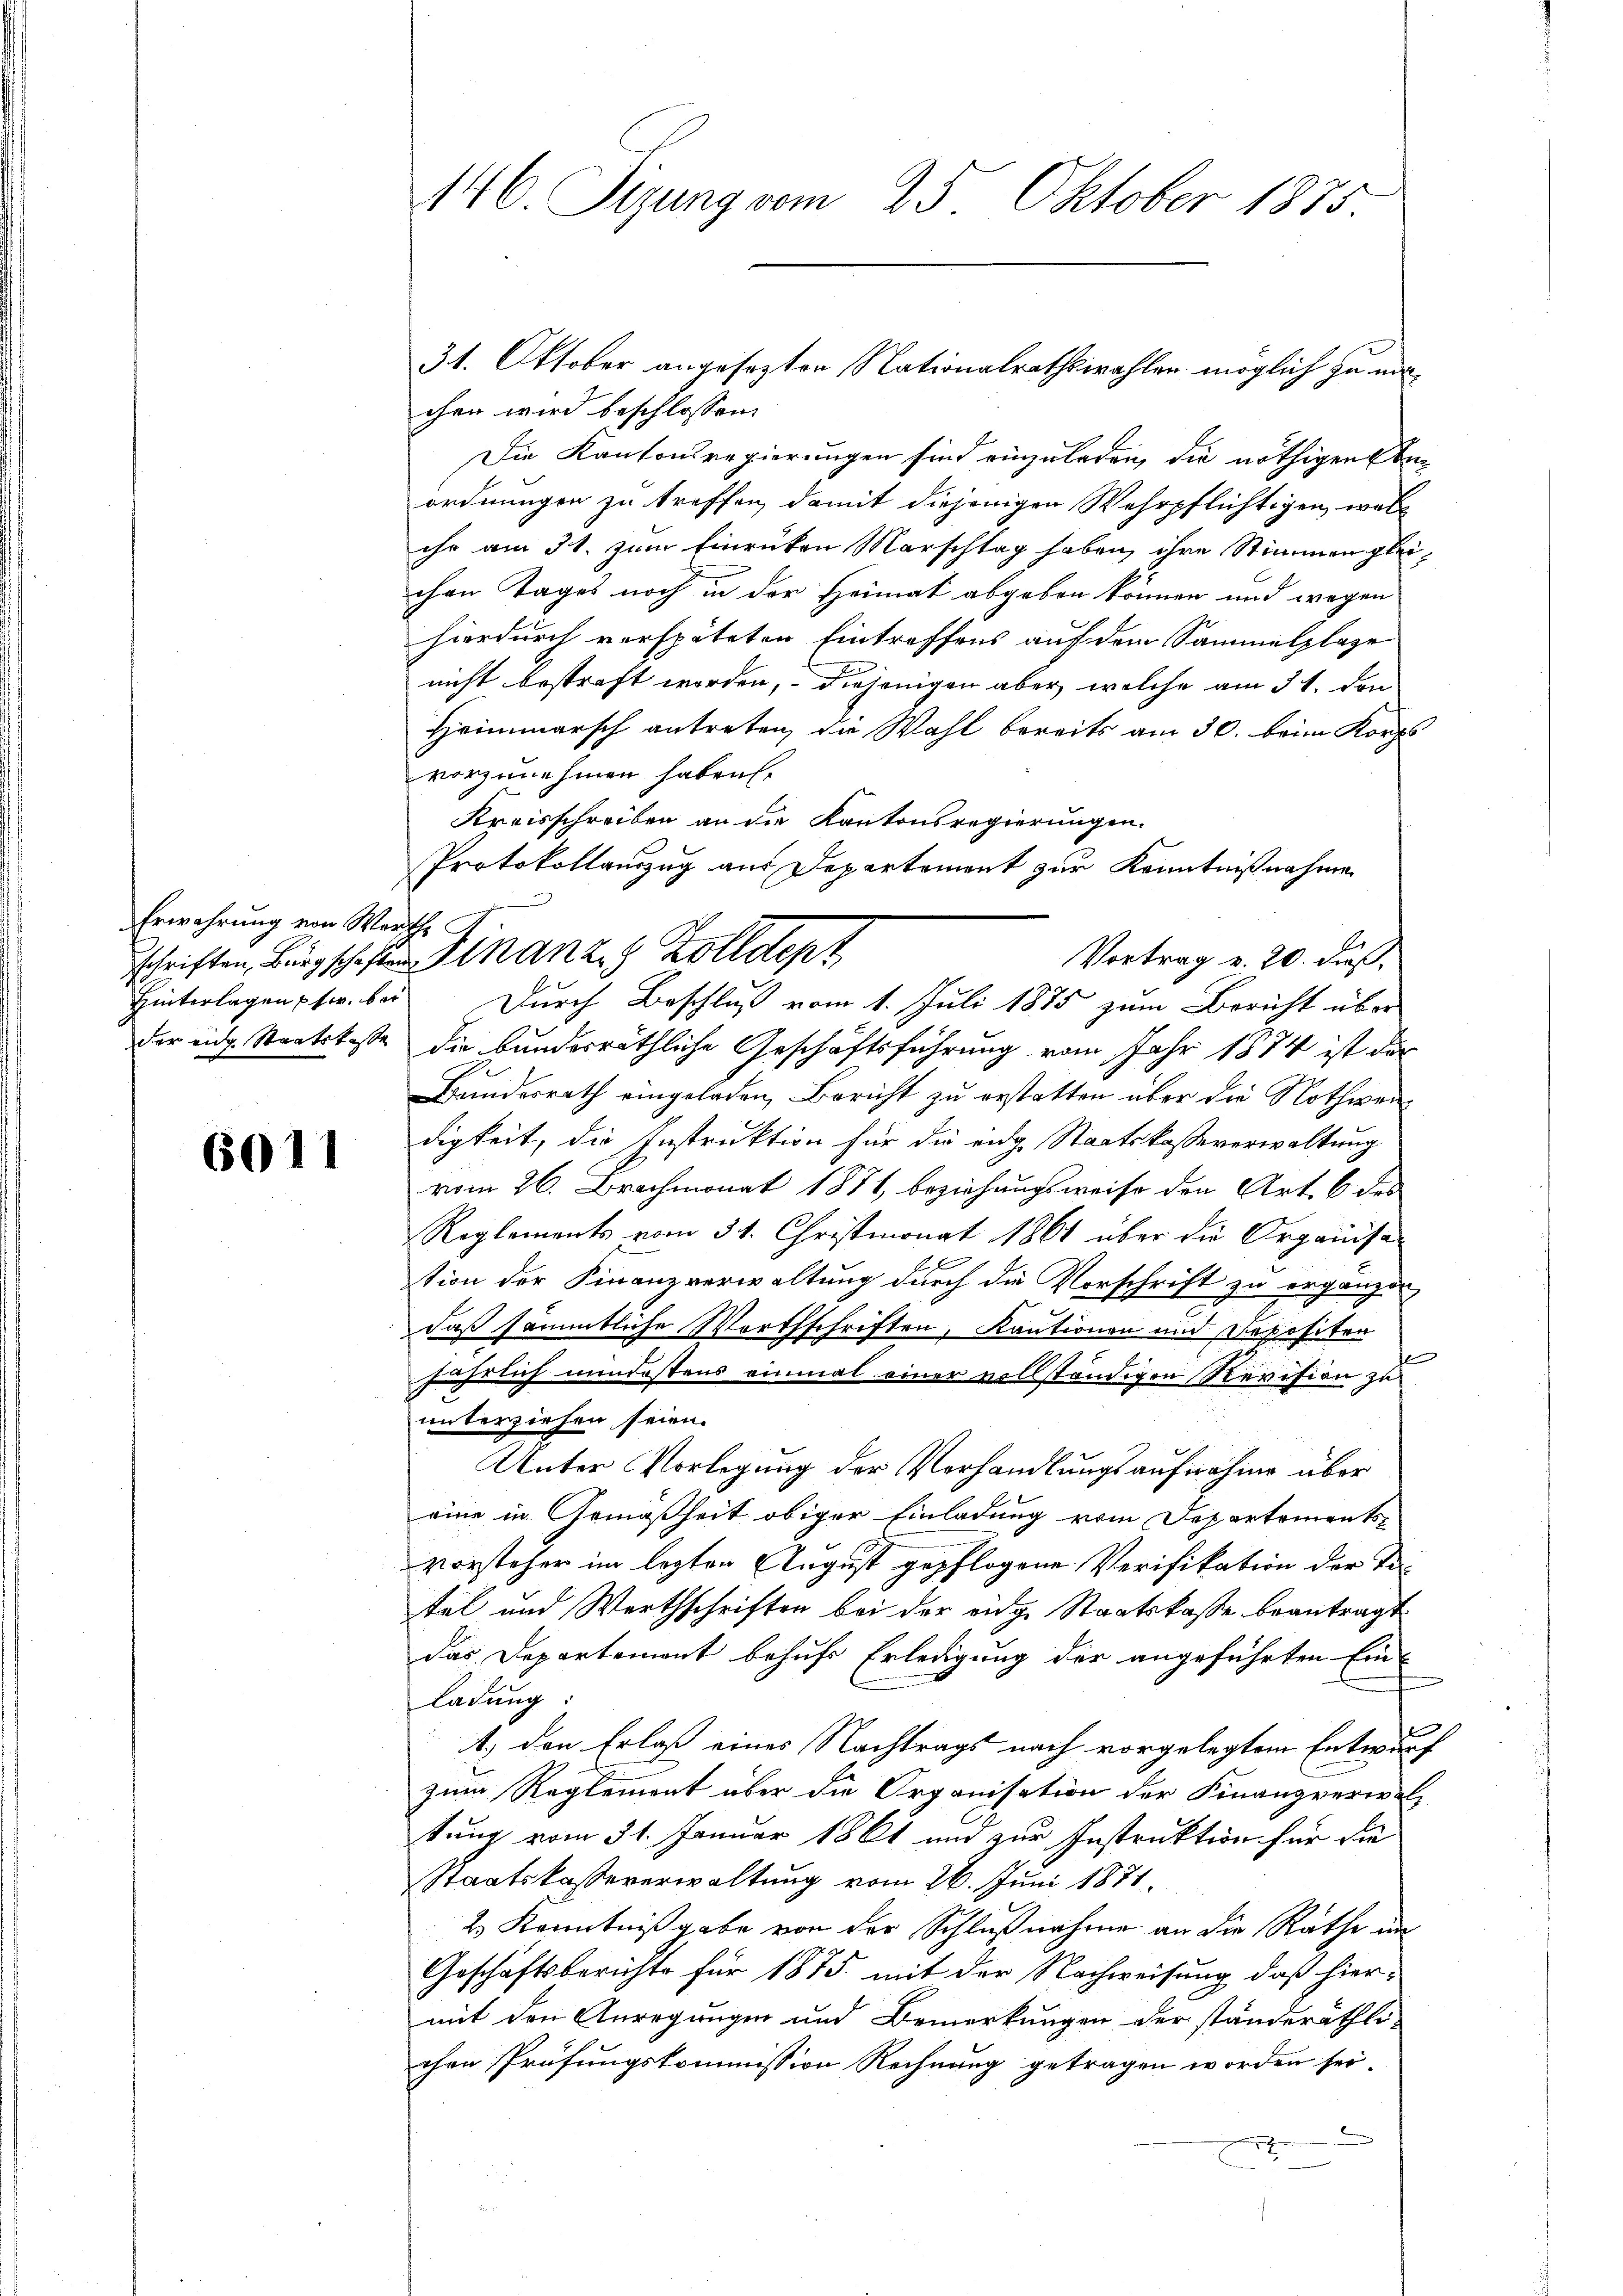
Erwahrung von Wasschriften, Bürgschaft
Hinterlagen pfer. beder eige Staatskasse

6011

146. Sizung vom 25. Oktober 1875.

chen wird beschlossen:
Die Kantonsregierungen sind einzuladen, die nöthigen Comordnungen zu treffen, damit diejenigen Wehrpflichtigen, woll
ihr am 31. zum Einrücken Marschtag haben, ihre Stimmen gleichen Tages noch in der Heimat abgeben können und wegen
hierdurch verspäteten Eintreffens auf dem Sammelplage
nicht bestraft werden, diejenigen aber welche am 31. den
Heimmarsch antreten, die Wahl bereits am 30. beim Korps
vorzunehmen haben.
Kreisschreiben an die Kantonsregierungen.
Protokollauszug aus Departement zur Kenntnißnahme
ache
Vortrag v. 20. daß
Durch Beschluß vom 1. Juli 1875 zum Bericht über
die bunderräthliche Geschäftsführung vom Jahr 1874 ist der
Bundesrath eingeladen, Bericht zu erstatten über die Nothwendigkeit, die Instruktion für die eidg. Staatskasse verwaltung
vom 26. Brachmonat 1871, beziehungsweise den Art. 6 des
Reglements vom 31. Christmonat 1861 über die Organisa
tion der Finanzverwaltung durch die Vorschrift zu ergänzen,
daß sämmtliche Worthschriften, Kautionen und Depositen
d
jährlich mindestens einmal einer vollständigen Revision zu
unterziehen seien.
Unter Vorlegung der Verhandlungsaufnahme über
eine in Gemäßheit obiger Einladung vom Departements-
vorsteher im lezten August gepflogene Verifikation der Te
tel und Werthschriften bei der eidge Staatskasse beantragt
das Departement behufs Erledigung der angeführten Ein
ladung:
d
1) den Erlaß eines Nachtrags nach vorgelegtem Entwurf
zum Reglement über die Organisation der Finanzverwaltung vom 31. Januar 1861 und zur Instruktion für die
Staatskassererwaltung vom 26. Juni 1871
2 Kenntniß gabe von der Schlußnahme an die Rathe un
Geschäftsberichte für 1875 mit der Nachweisung, daß hiermit den Anregungen und Bemerkungen der ständeräthli-
chen Prüfungskommission Rechnung getragen worden sei-
.
n

31. Oktober angesezten Nationalrathswahlen möglich zu mi

Finanze Zolldept